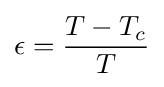
\epsilon ={\frac {T-T_{c}}{T}}